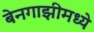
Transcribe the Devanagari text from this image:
बेनगाझीमध्ये